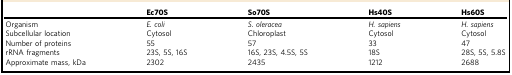
|  | Ec70S | So70S | Hs40S | Hs60S |
 | --- | --- | --- | --- | --- |
 | Organism | E. coli | S. oleracea | H. sapiens | H. sapiens |
 | Subcellular location | Cytosol | Chloroplast | Cytosol | Cytosol |
 | Number of proteins | 55 | 57 | 33 | 47 |
 | rRNA fragments | 23S, 5S, 16S | 16S, 23S, 4.5S, 5S | 18S | 28S, 5S, 5.8S |
 | Approximate mass, kDa | 2302 | 2435 | 1212 | 2688 |